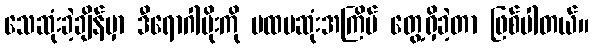
သေဆုံးခဲ့ချိန်မှာ ဒီရောဂါပိုးကို ပထမဆုံးအကြိမ် တွေ့ရှိခဲ့တာ ဖြစ်ပါတယ်။